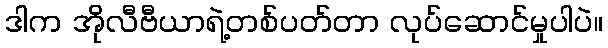
ဒါက အိုလီဗီယာရဲ့တစ်ပတ်တာ လုပ်ဆောင်မှုပါပဲ။